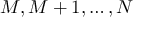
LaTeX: M , M + 1 , \dots , N